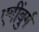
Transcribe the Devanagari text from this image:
एगींबुर्ग